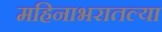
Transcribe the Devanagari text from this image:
महिनाभरातल्या